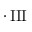
\cdot \operatorname { I I I }